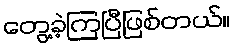
တွေ့ခဲ့ကြပြီဖြစ်တယ်။